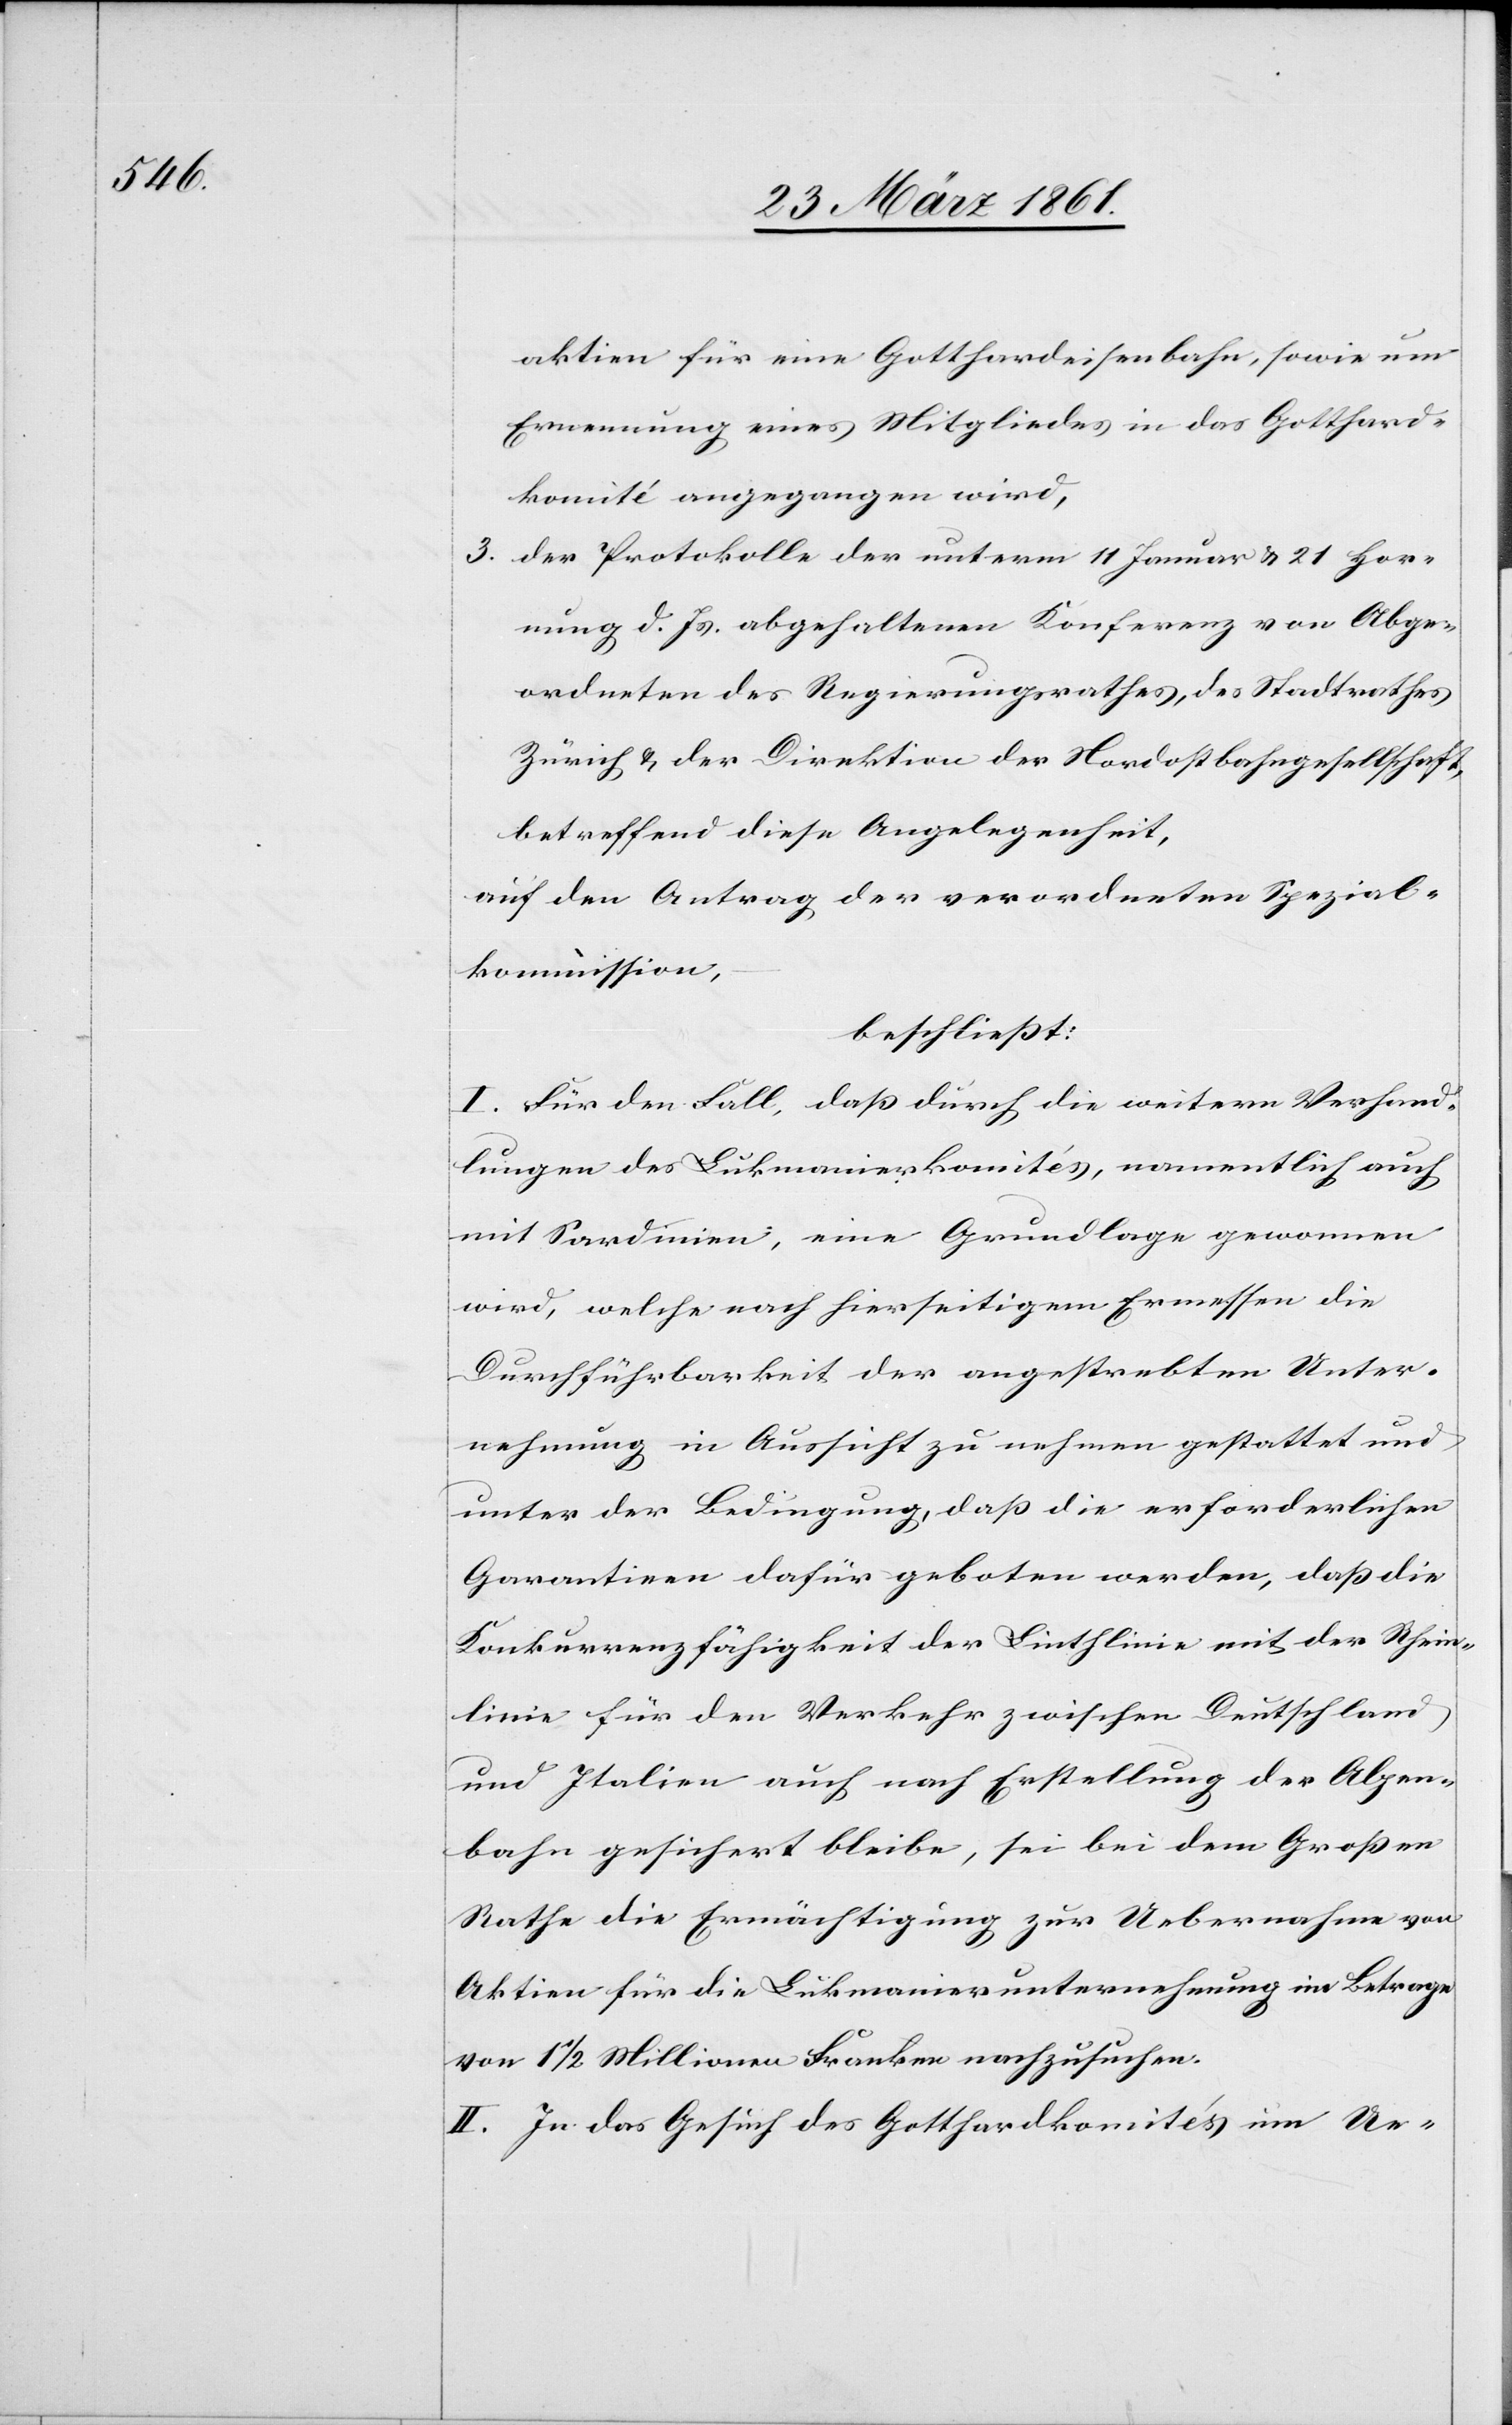
aktien für eine Gotthardeisenbahn, sowie um
Ernennung eines Mitgliedes in das Gotthard¬
komité angegangen wird,
3. der Protokolle der unterm 11. Januar u. 21. Hor¬
nung d. Js. abgehaltenen Konferenz von Abge¬
ordneten des Regierungsrathes, des Stadtrathes
Zürich u. der Direktion der Nordostbahngesellschaft,
betreffend diese Angelegenheit;
auf den Antrag der verordneten Spezial¬
kommission,
beschließt:
I. Für den Fall, daß durch die weitern Verhand¬
lungen des Lukmanierkomités, namentlich auch
mit Sardinien, eine Grundlage gewonnen
wird, welche nach hierseitigem Ermessen die
Durchführbarkeit der angestrebten Unter¬
nehmung in Aussicht zu nehmen gestattet und
unter der Bedingung, daß die erforderlichen
Garantiven dafür geboten werden, daß die
Konkurrenzfähigkeit der Linthlinie mit der Rhein¬
linie für den Verkehr zwischen Deutschland
und Italien auch nach Erstellung der Alpen¬
bahn gesichert bleibe, sei bei dem Großen
Rathe die Ermächtigung zur Uebernahme von
Aktien für die Lukmanierunternehmung im Betrage
von 1 1/2 Millionen Franken nachzusuchen.
II. In das Gesuch des Gotthardkomités um Ue-